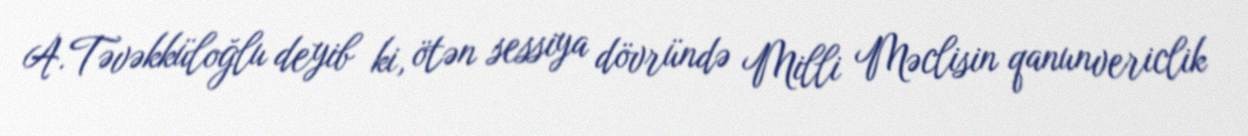
A.Təvəkküloğlu deyib ki, ötən sessiya dövründə Milli Məclisin qanunvericlik